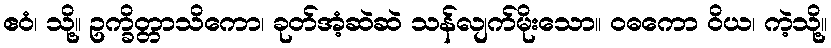
ဧဝံ၊ သို့။ ဥက္ခိတ္တာသိကော၊ ခုတ်အံ့ဆဲဆဲ သန်လျက်မိုးသော။ ဝဓကော ဝိယ၊ ကဲ့သို့။